Civil Veterinary Department Bengal reports 1933-51 - 1933-1951
Year: 1933
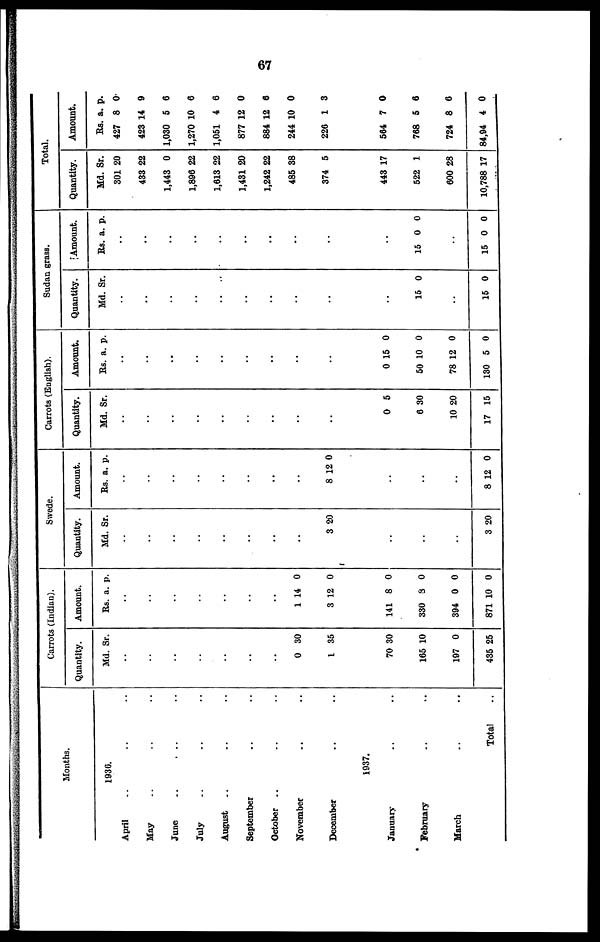
67
Months.
1936.
April .. .. ..
May .. .. ..
June
..
..
..
July .. .. ..
August .. .. ..
September .. .. ..
October .. .. ..
November .. ..
December .. ..
1937.
January .. ..
February .. ..
March... ..
Total ..
Carrots (Indian).
Quantity.
Md.
..
..
..
..
..
..
..
0
1
70
165
197
435
Sr.
30
35
30
10
0
25
Amount.
Rs.
..
..
..
..
..
..
..
1
3
141
330
394
871 1
a.
14
12
8
8
0
0
p.
0
0
0
0
0
0
Swede.
Quantity.
Md.
..
..
..
..
..
..
..
..
3
..
..
..
3
Sr.
20
20
Amount.
Rs.
..
..
..
..
..
..
..
..
8
..
..
..
8 1
a.
12
2 0
p.
0
Carrots (English).
Quantity.
Md.
..
..
..
..
..
..
..
..
..
0
6
10
17
Sr.
5
30
20
15
Amount.
Rs.
..
..
..
..
..
..
..
..
..
0 1
50
78
130
a.
5
10
12
5
p.
0
0
0
0
Sudan grass.
Quantity.
Md.
..
..
..
..
..
..
..
..
..
..
15
..
15
Sr.
0
0
Amount.
Rs.
..
..
..
..
..
..
..
..
..
..
15
..
15
a.
0
0
p.
0
0
Total.
Quantity.
Md.
301
433
1,443
1,896
1,613
1,431
1,242
485
374
443
522
600 2
10,788
Sr.
20
22
0
22
22
20
22
38
5
17
1
8
17
Amount.
Rs.
427
423
1,030
1,270
1,051
877
884
244
226
564
768
724
84,94
a.
8
14
5
10
4
12
12
10
1
7
5
8
4
p.
0
9
6
6
6
0
6
0
3
0
6
6
0